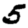
Digit: 5